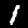
Digit: 1